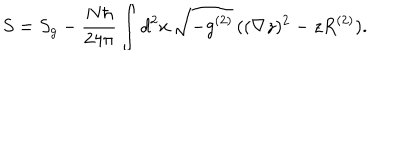
LaTeX: S = S _ { g } - \frac { N \hbar } { 2 4 \pi } \int d ^ { 2 } x \, \sqrt { - g ^ { ( 2 ) } } \, ( ( \nabla z ) ^ { 2 } - z R ^ { ( 2 ) } ) .